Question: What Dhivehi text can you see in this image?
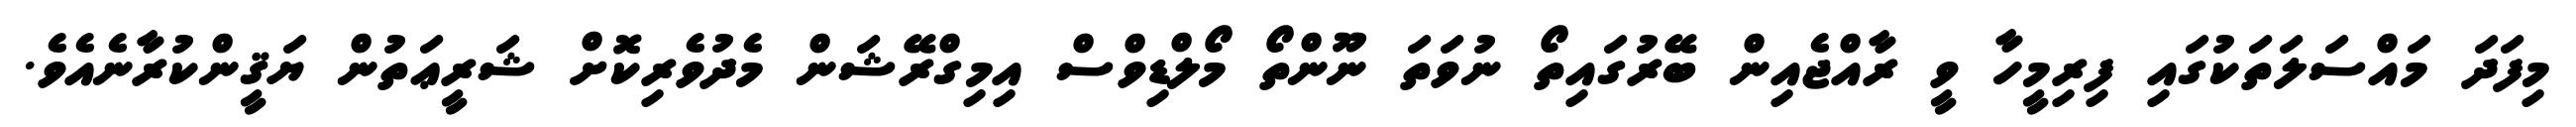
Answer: މިފަދަ މައްސަލަތަކުގައި ފިރިމީހާ ވީ ރާއްޖެއިން ބޭރުގައިތޯ ނުވަތަ ނޫންތޯ މޯލްޑިވްސް އިމިގްރޭޝަން މެދުވެރިކޮށް ޝަރީޢަތުން ޔަޤީންކުރާނެއެވެ.